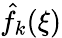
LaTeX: \hat{f}_{k}(\xi)